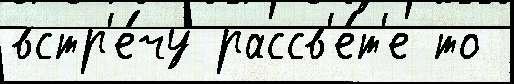
встр'е́чу рассв'е́т'е то